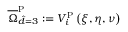
\overline { { \Omega } } _ { \hat { d } = 3 } ^ { \mathrm { { P } } } : = V _ { i } ^ { \mathrm { { P } } } \left( \xi , \eta , \nu \right)